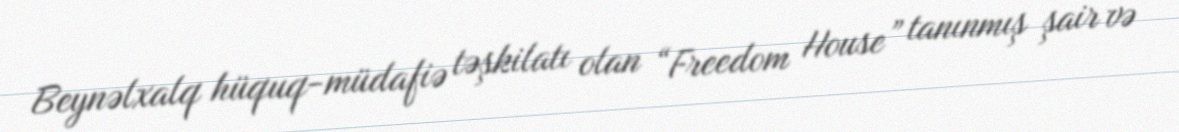
Beynəlxalq hüquq-müdafiə təşkilatı olan “Freedom House” tanınmış şair və